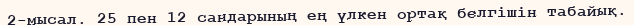
2-мысал. 25 пен 12 сандарының ең үлкен ортақ белгішін табайық.